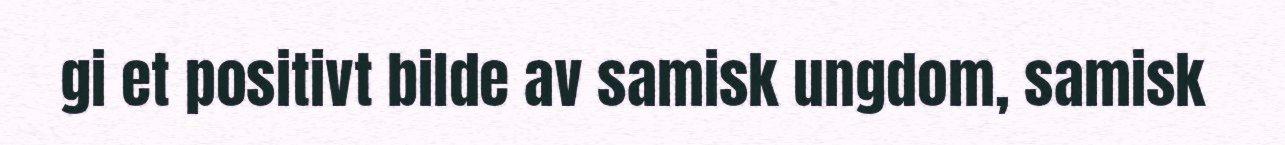
gi et positivt bilde av samisk ungdom, samisk